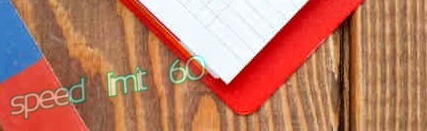
speed limit 60